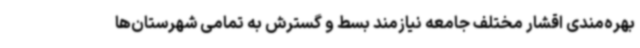
بهره‌مندی اقشار مختلف جامعه نیازمند بسط و گسترش به تمامی شهرستان‌ها